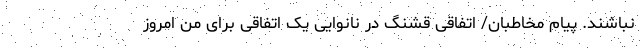
نباشند. پیام مخاطبان/ اتفاقی قشنگ در نانوایی یک اتفاقی برای من امروز